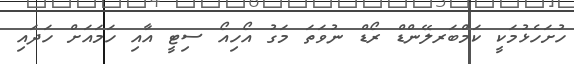
ހުށަހެޅުމަކީ ކަމްބަރލޭންޑް ރޯޑް ނުވަތަ މަގު އޯހިއޯ ސިޓީ އާއި ހަމައަށް ހަދައި